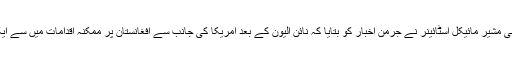
سابق چانسلر کے سیاسی مشیر مائیکل اسٹائینر نے جرمن اخبار کو بتایا کہ نائن الیون کے بعد امریکا کی جانب سے افغانستان پر ممکنہ اقدامات میں سے ایک ایٹمی حملہ بھی تھا۔